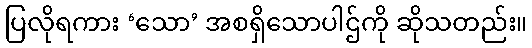
ပြလိုရကား ‘သော’ အစရှိသောပါဌ်ကို ဆိုသတည်း။